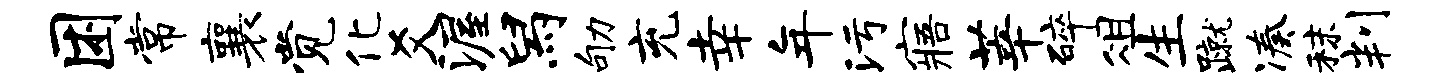
困常襄觉化爻渥舄劬充幸年污寤莘碎俎生蹴凑秣判